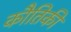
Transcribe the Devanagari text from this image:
कौतिकी